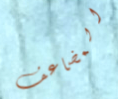
المضاعف